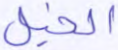
الخيل